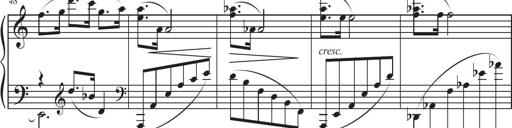
Title: Sonatina in D major
Composer: Shota Saitoh
Key: D major